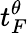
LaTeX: t_{F}^{\theta}